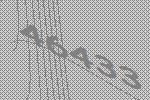
46433